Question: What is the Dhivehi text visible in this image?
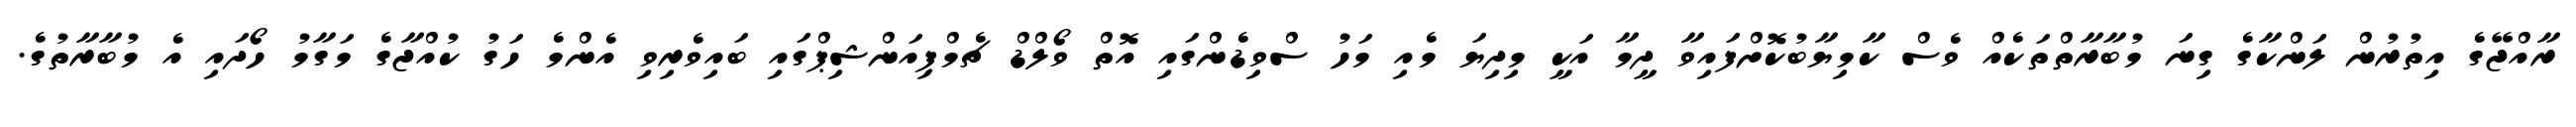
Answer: ރާއްޖޭގެ އިތުރުން ލަންކާގެ ގިނަ މުބާރާތްތަކެއް ވެސް ކާމިޔާބުކޮށްފައިވާ ދީމާ އަކީ މިދިޔަ މެއި މަހު ސްވިޑެންގައި އޮތް ވޯލްޑް ޗެމްޕިއަންޝިޕްގައި ބައިވެރިވި އެންމެ ހަގު ކުއްޖާގެ މަގާމު ހޯދައި އެ މުބާރާތުގެ.